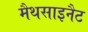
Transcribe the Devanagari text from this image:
मैथसाइनैट